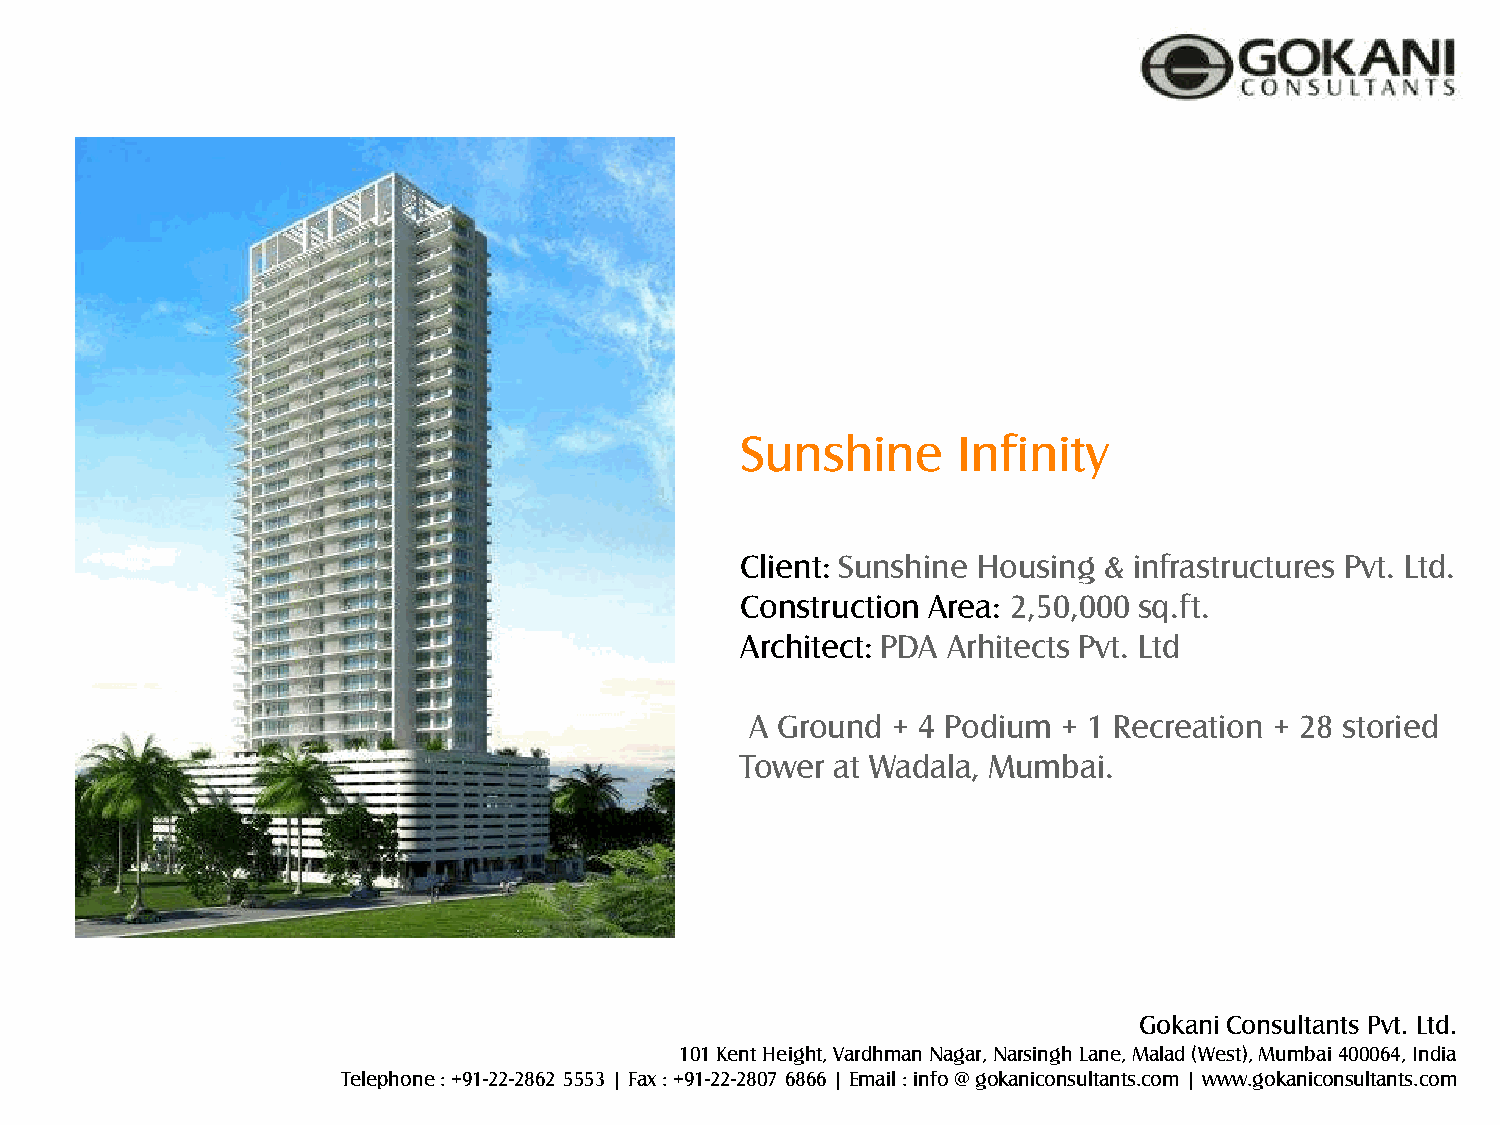
Sunshine      Infinity
 Client: Sunshine Housing & infrastructures Pvt. Ltd.
 Construction Area: 2,50,000 sq.ft.
 Architect: PDA Arhitects Pvt. Ltd
 A Ground + 4 Podium + 1 Recreation + 28 storied
 Tower at Wadala, Mumbai.
 Gokani Consultants Pvt. Ltd.
 101 Kent Height, Vardhman Nagar, Narsingh Lane, Malad (West), Mumbai 400064, India
 Telephone : +91-22-2862 5553 | Fax : +91-22-2807 6866 | Email : info @ gokaniconsultants.com | www.gokaniconsultants.com